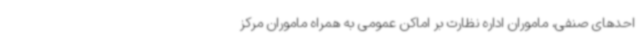
احدهای صنفی، ماموران اداره نظارت بر اماکن عمومی به همراه ماموران مرکز